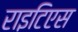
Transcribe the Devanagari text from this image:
राइटिएस